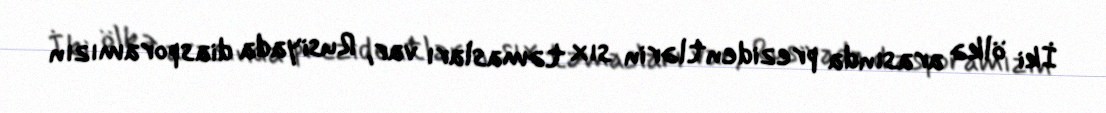
İki ölkə arasında prezidentlərin sıx təmasları var, Rusiyada diasporamızın